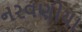
નરવણીયા